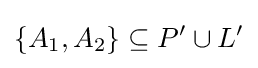
\{A_{1},A_{2}\}\subseteq P'\cup L'